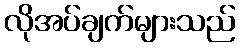
လိုအပ်ချက်များသည်